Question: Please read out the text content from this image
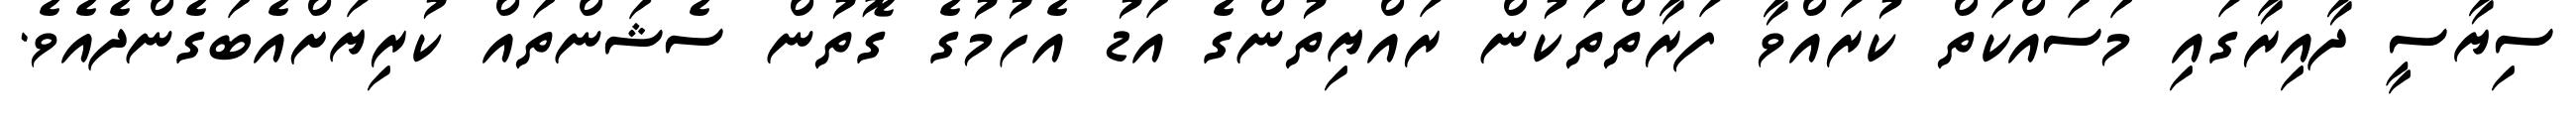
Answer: ސިޔާސީ ދާއިރާގައި މަސައްކަތް ކުރައްވާ ފަރާތްތަކުން ރައްޔިތުންގެ އަޑު އެހުމުގެ ގޮތުން ސެޝަންތައް ކުރިޔަށްއެބަގެންދެއެވެ.